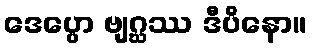
ဒေပ္ပော ဗျဂ္ဃဿ ဒီပိနော။